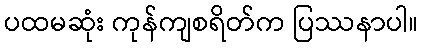
ပထမဆုံး ကုန်ကျစရိတ်က ပြဿနာပါ။